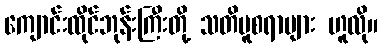
ကျောင်းထိုင်ဘုန်းကြီးတို့ သတိမူစရာများ ဟူလို။